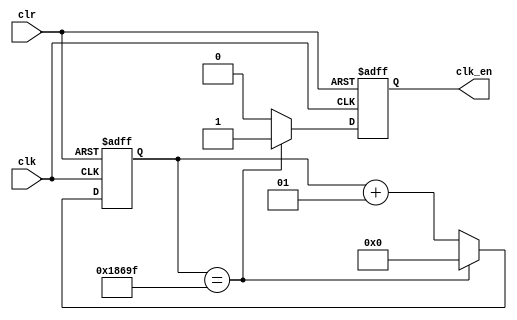
`timescale 1ns / 1ps

module Clock_Enable (
    input clk,
    input clr,
    output reg clk_en
    );
    
    integer count = 0;
    
    always @(posedge clk or posedge clr)
        if (clr == 1) begin
            count <= 0;
            clk_en <= 0;
        end
        else if (count == 99999) begin
            count <= 0;
            clk_en <= 1;
        end
        else begin
            count <= count + 1;
            clk_en <= 0;
        end
    
endmodule